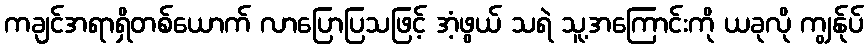
ကချင်အရာရှိတစ်ယောက် လာပြောပြသဖြင့် အံ့ဖွယ် သရဲ သူ့အကြောင်းကို ယခုလို ကျွန်ုပ်